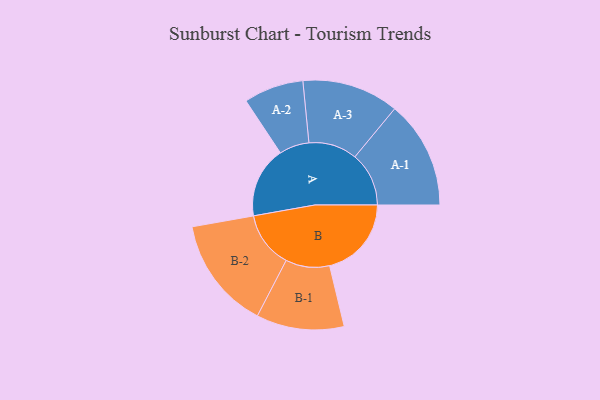
{"axis": {"x": "Segment", "y": "Value"}, "legend": ["", "A", "B"], "data": [{"x": "A", "y": 347, "type": ""}, {"x": "B", "y": 399, "type": ""}, {"x": "A-1", "y": 263, "type": "A"}, {"x": "A-2", "y": 146, "type": "A"}, {"x": "A-3", "y": 236, "type": "A"}, {"x": "B-1", "y": 214, "type": "B"}, {"x": "B-2", "y": 274, "type": "B"}]}